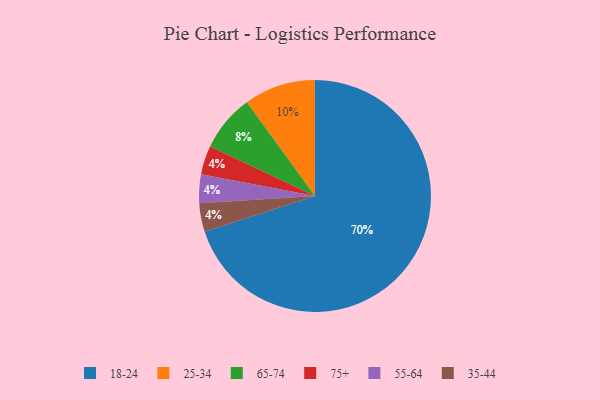
{"axis": {"x": "Category", "y": "Percentage"}, "legend": ["18-24", "25-34", "35-44", "55-64", "65-74", "75+"], "data": [{"x": "65-74", "y": 8, "type": "65-74"}, {"x": "18-24", "y": 70, "type": "18-24"}, {"x": "75+", "y": 4, "type": "75+"}, {"x": "55-64", "y": 4, "type": "55-64"}, {"x": "35-44", "y": 4, "type": "35-44"}, {"x": "25-34", "y": 10, "type": "25-34"}]}